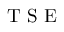
\mathrm { ~ T ~ S ~ E ~ }